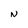
Character: N